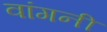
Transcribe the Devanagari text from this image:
वांगनी